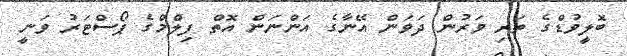
ބޮލީވުޑްގެ ތަރި ވަރުން ދަވަން އޭނާގެ އަންނަން އޮތް ފިލްމްގެ ޕޯސްޓަރު ވަނީ